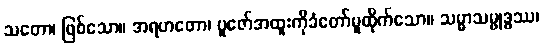
သတော၊ ဖြစ်သော။ အရဟတော၊ ပူဇော်အထူးကိုခံတော်မူထိုက်သော။ သမ္မာသမ္ဗုဒ္ဓဿ၊